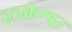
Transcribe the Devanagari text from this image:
हतकेश्वर